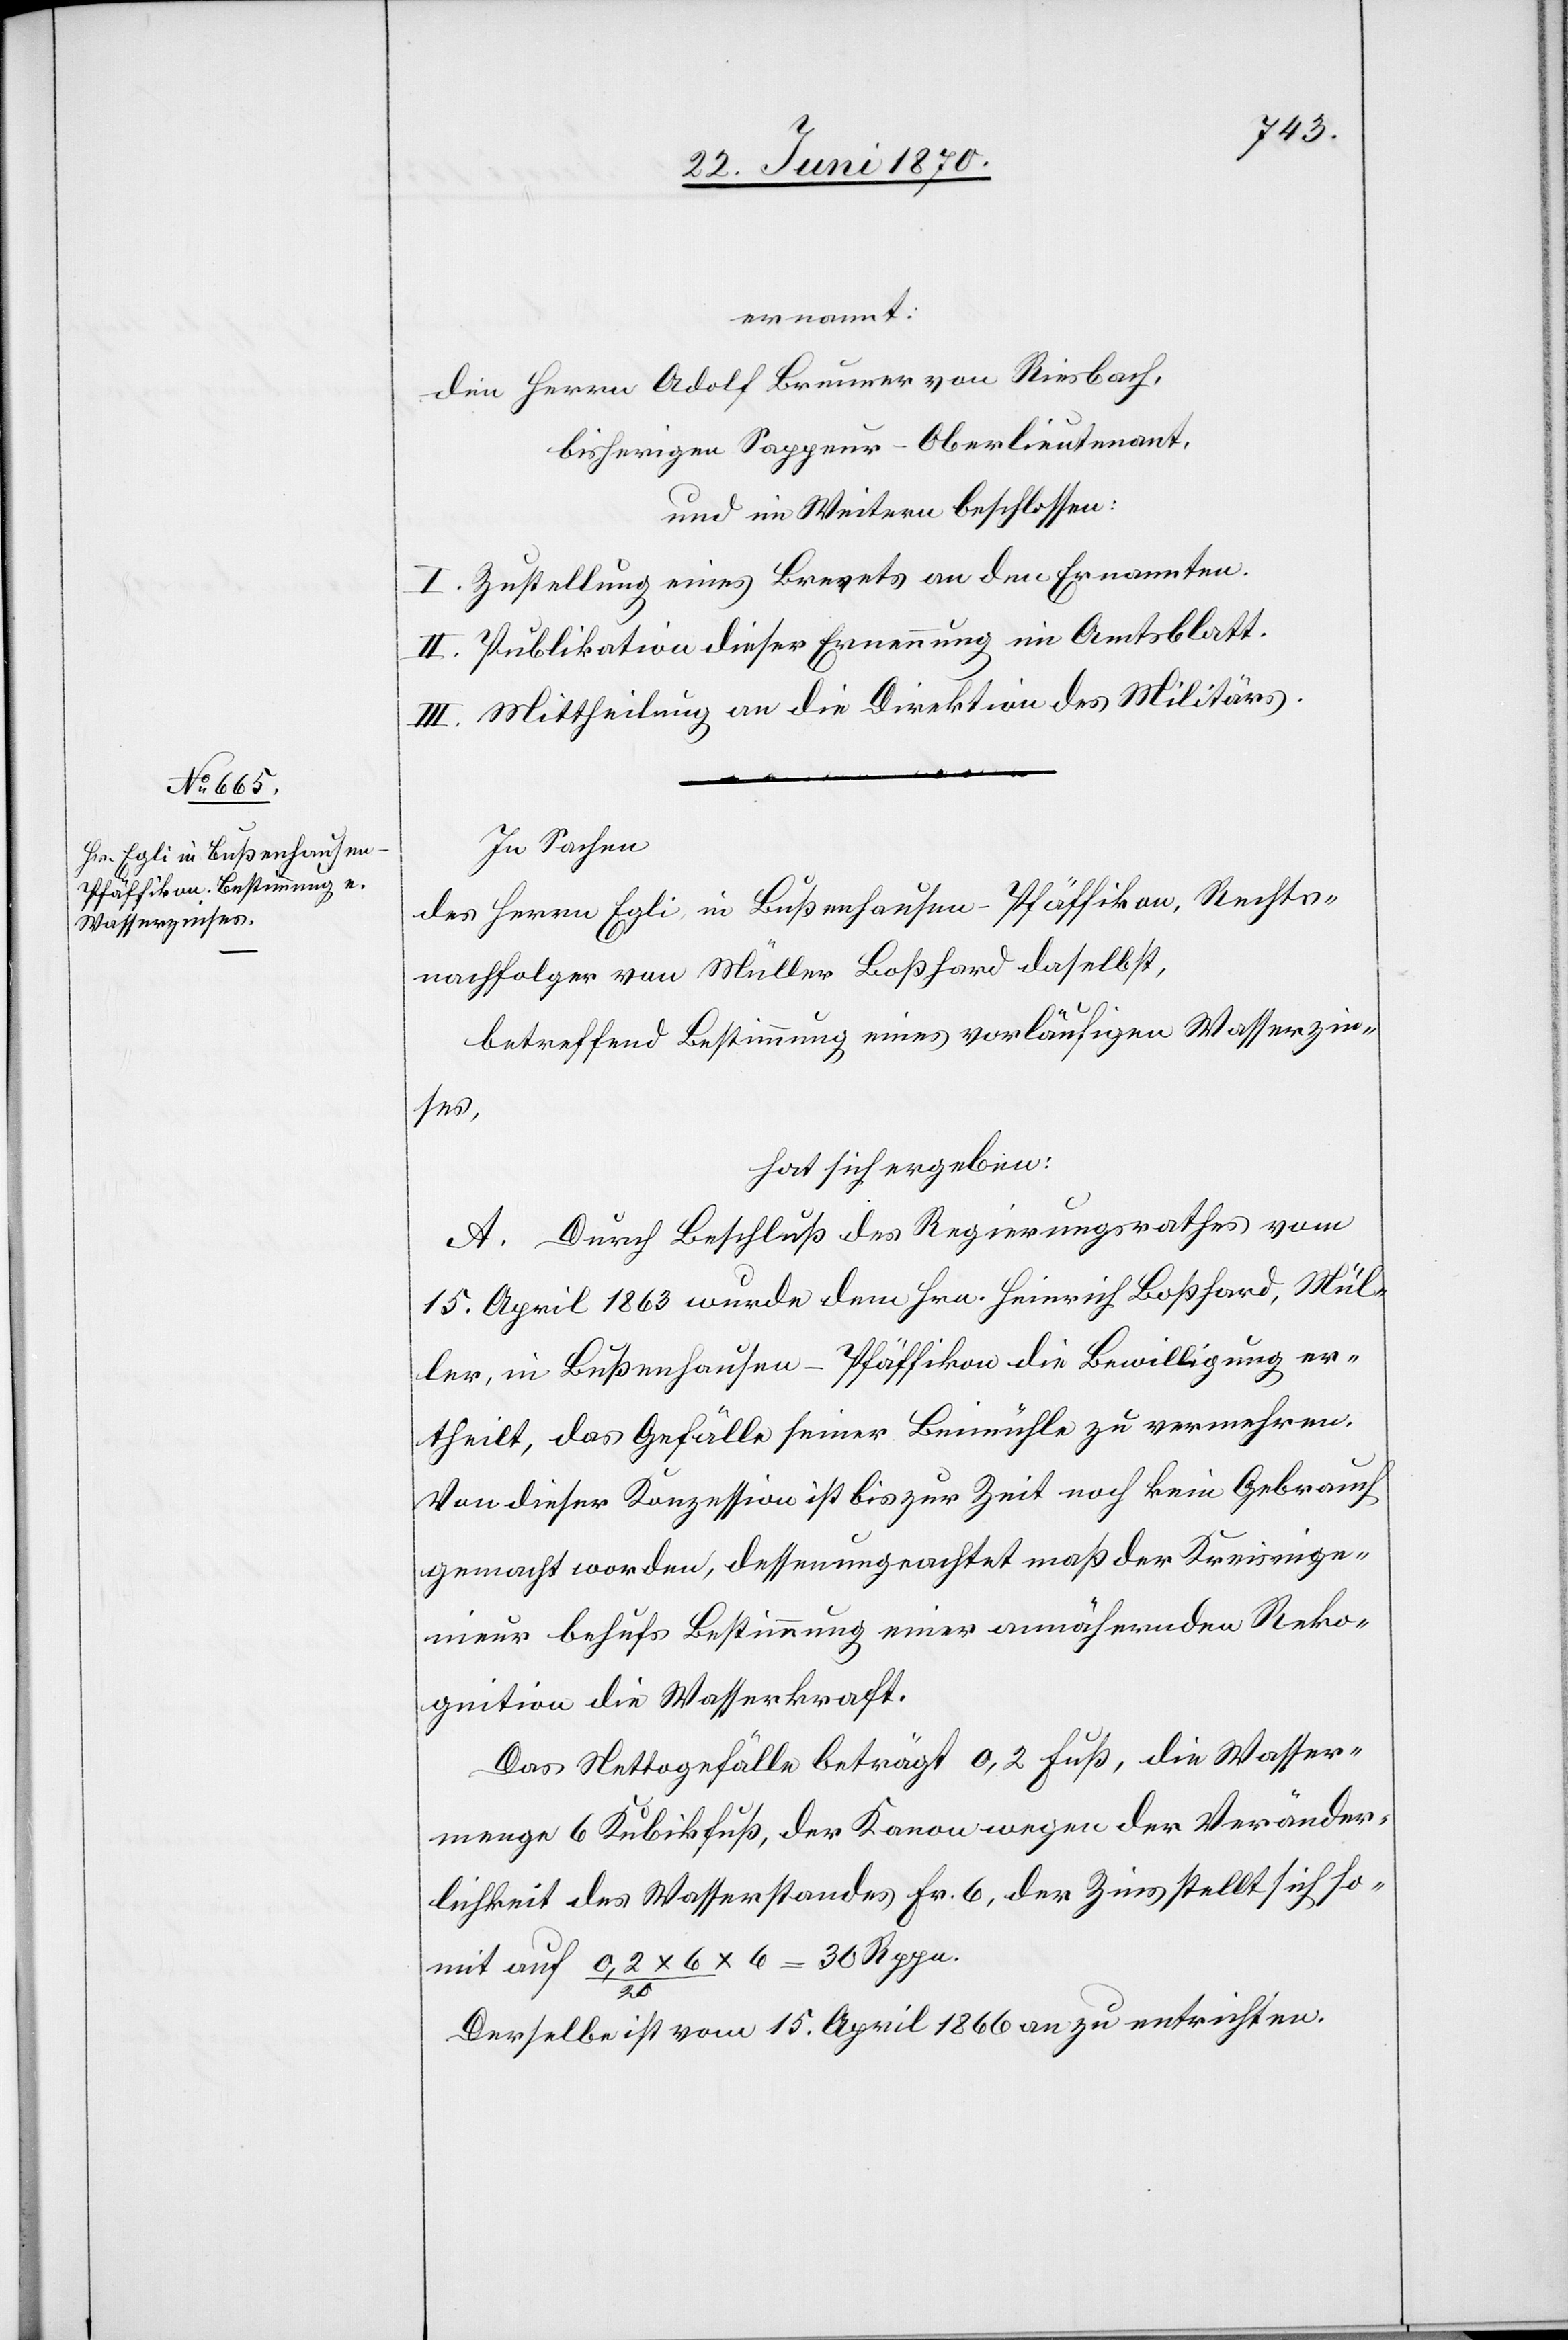
ernannt:
den Herrn Adolf Brunner von Riesbach
bisherigen Sappeur-Oberlieutenant,
und im Weitern beschlossen:
I. Zustellung eines Brevets an den Ernannten.
II. Publikation dieser Ernennung im Amtsblatt.
III. Mittheilung an die Direktion des Militärs.
In Sachen
des Herrn Egli, in Bußenhausen - Pfäffikon, Rechts¬
nachfolger von Müller Boßhard daselbst,
betreffend Bestimmung eines vorläufigen Wasserzin¬
ses,
hat sich ergeben:
A. Durch Beschluß des Regierungsrathes vom
15. April 1863 wurde dem Hrn. Heinrich Boßhard, Mül¬
ler, in Bußenhausen - Pfäffikon die Bewilligung er¬
theilt, das Gefälle seiner Beimühle zu vermehren.
Von dieser Konzession ist bis zur Zeit noch kein Gebrauch
gemacht worden, dessenungeachtet maß der Kreisinge¬
nieur behufs Bestimmung einer annähernden Reko¬
gnition die Wasserkraft.
Das Nettogefälle beträgt 0,2 Fuß, die Wasser¬
menge 6 Kubikfuß, der Kanon wegen der Veränder¬
lichkeit des Wasserstandes Fr. 6, der Zins stellt sich so¬
mit auf 0,2 x 6/20 x 6 = 30 Rppn.
Derselbe ist vom 15. April 1866 an zu entrichten.